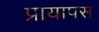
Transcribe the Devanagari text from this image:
प्रायापस